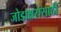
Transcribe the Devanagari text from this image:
जोडाक्षरांसाठी